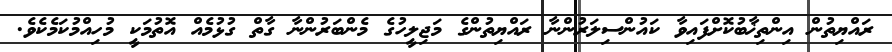
ރައްޔިތުން އިންތިޚާބުކޮށްފައިވާ ކައުންސިލަރުންނާ ރައްޔިތުންގެ މަޖިލީހުގެ މެންބަރުންނާ ގާތް ގުޅުމެއް އޮތުމަކީ މުހިއްމުކަމެކެވެ.